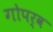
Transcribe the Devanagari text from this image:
गोपर्व